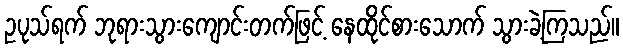
ဥပုသ်ရက် ဘုရားသွားကျောင်းတက်ဖြင့် နေထိုင်စားသောက် သွားခဲ့ကြသည်။